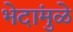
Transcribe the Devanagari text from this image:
भेदांमुळे